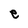
Character: e